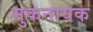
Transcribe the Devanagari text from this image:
मुकनायक